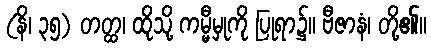
(နိ၊ ၃၅) တတ္ထ၊ ထိုသို့ ကမ္မီမှုကို ပြုရာ၌။ ဗီဇာနံ၊ တို့၏။